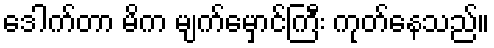
ဒေါက်တာ မိက မျက်မှောင်ကြီး ကုတ်နေသည်။